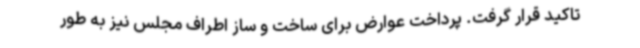
تاکید قرار گرفت. پرداخت عوارض برای ساخت و ساز اطراف مجلس نیز به طور